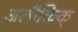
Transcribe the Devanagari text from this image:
अलौकिक्